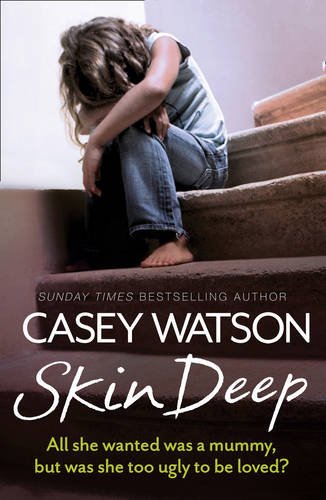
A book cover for Skin Deep: All she wanted was a mummy, but was she too ugly to be loved?; Casey Watson; Parenting & Relationships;